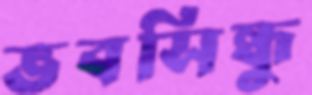
ভবসিন্ধু